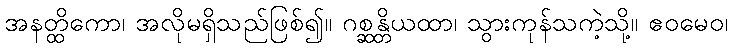
အနတ္ထိကော၊ အလိုမရှိသည်ဖြစ်၍။ ဂစ္ဆန္တိယထာ၊ သွားကုန်သကဲ့သို့။ ဧဝမေဝ၊